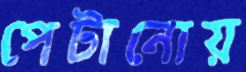
পেটানোয়